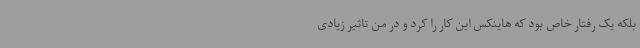
بلکه یک رفتار خاص بود که هاینکس این کار را کرد و در من تاثیر زیادی